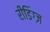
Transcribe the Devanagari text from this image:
रीडिंग्ज़